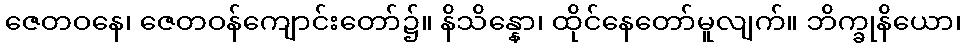
ဇေတဝနေ၊ ဇေတဝန်ကျောင်းတော်၌။ နိသိန္နော၊ ထိုင်နေတော်မူလျက်။ ဘိက္ခုနိယော၊